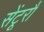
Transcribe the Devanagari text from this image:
सेंटूरौं